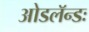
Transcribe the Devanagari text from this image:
ओडलॅन्डः